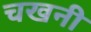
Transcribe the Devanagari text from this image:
चखनी